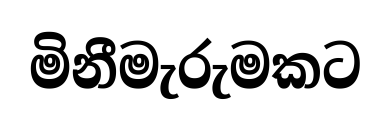
මිනීමැරුමකට